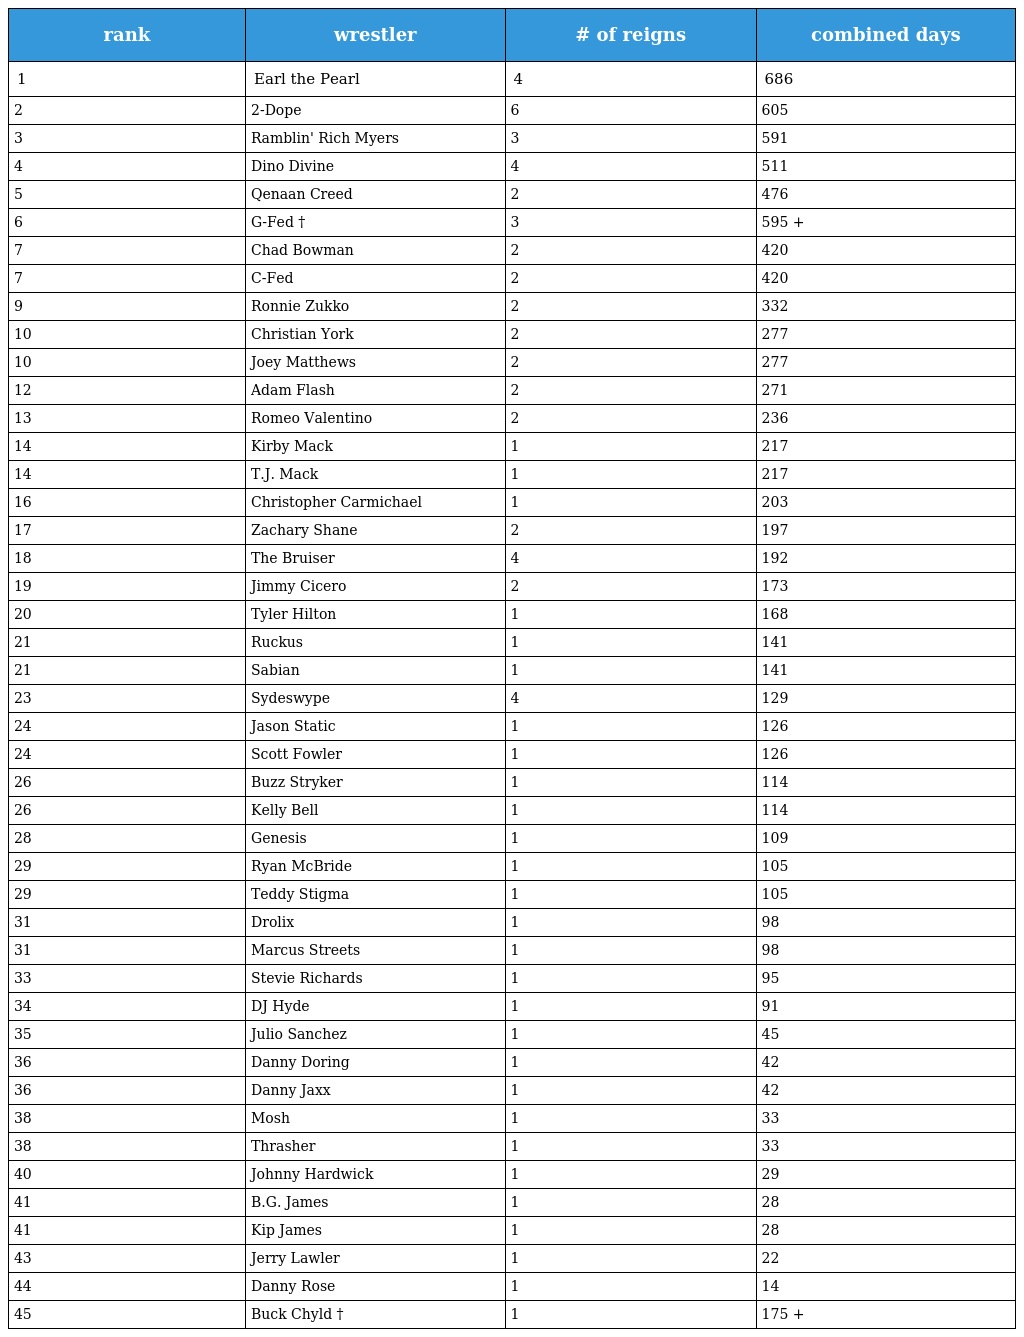
| rank | wrestler | # of reigns | combined days |
 | --- | --- | --- | --- |
 | 1 | Earl the Pearl | 4 | 686 |
 | 2 | 2-Dope | 6 | 605 |
 | 3 | Ramblin' Rich Myers | 3 | 591 |
 | 4 | Dino Divine | 4 | 511 |
 | 5 | Qenaan Creed | 2 | 476 |
 | 6 | G-Fed † | 3 | 595 + |
 | 7 | Chad Bowman | 2 | 420 |
 | 7 | C-Fed | 2 | 420 |
 | 9 | Ronnie Zukko | 2 | 332 |
 | 10 | Christian York | 2 | 277 |
 | 10 | Joey Matthews | 2 | 277 |
 | 12 | Adam Flash | 2 | 271 |
 | 13 | Romeo Valentino | 2 | 236 |
 | 14 | Kirby Mack | 1 | 217 |
 | 14 | T.J. Mack | 1 | 217 |
 | 16 | Christopher Carmichael | 1 | 203 |
 | 17 | Zachary Shane | 2 | 197 |
 | 18 | The Bruiser | 4 | 192 |
 | 19 | Jimmy Cicero | 2 | 173 |
 | 20 | Tyler Hilton | 1 | 168 |
 | 21 | Ruckus | 1 | 141 |
 | 21 | Sabian | 1 | 141 |
 | 23 | Sydeswype | 4 | 129 |
 | 24 | Jason Static | 1 | 126 |
 | 24 | Scott Fowler | 1 | 126 |
 | 26 | Buzz Stryker | 1 | 114 |
 | 26 | Kelly Bell | 1 | 114 |
 | 28 | Genesis | 1 | 109 |
 | 29 | Ryan McBride | 1 | 105 |
 | 29 | Teddy Stigma | 1 | 105 |
 | 31 | Drolix | 1 | 98 |
 | 31 | Marcus Streets | 1 | 98 |
 | 33 | Stevie Richards | 1 | 95 |
 | 34 | DJ Hyde | 1 | 91 |
 | 35 | Julio Sanchez | 1 | 45 |
 | 36 | Danny Doring | 1 | 42 |
 | 36 | Danny Jaxx | 1 | 42 |
 | 38 | Mosh | 1 | 33 |
 | 38 | Thrasher | 1 | 33 |
 | 40 | Johnny Hardwick | 1 | 29 |
 | 41 | B.G. James | 1 | 28 |
 | 41 | Kip James | 1 | 28 |
 | 43 | Jerry Lawler | 1 | 22 |
 | 44 | Danny Rose | 1 | 14 |
 | 45 | Buck Chyld † | 1 | 175 + |